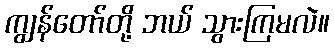
ကျွန်တော်တို့ ဘယ် သွားကြမလဲ။